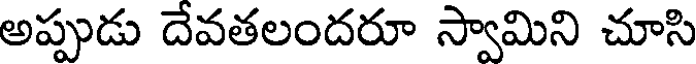
అప్పుడు దేవతలందరూ స్వామిని చూసి